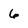
Character: 6